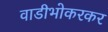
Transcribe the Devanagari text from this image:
वाडीभोकरकर